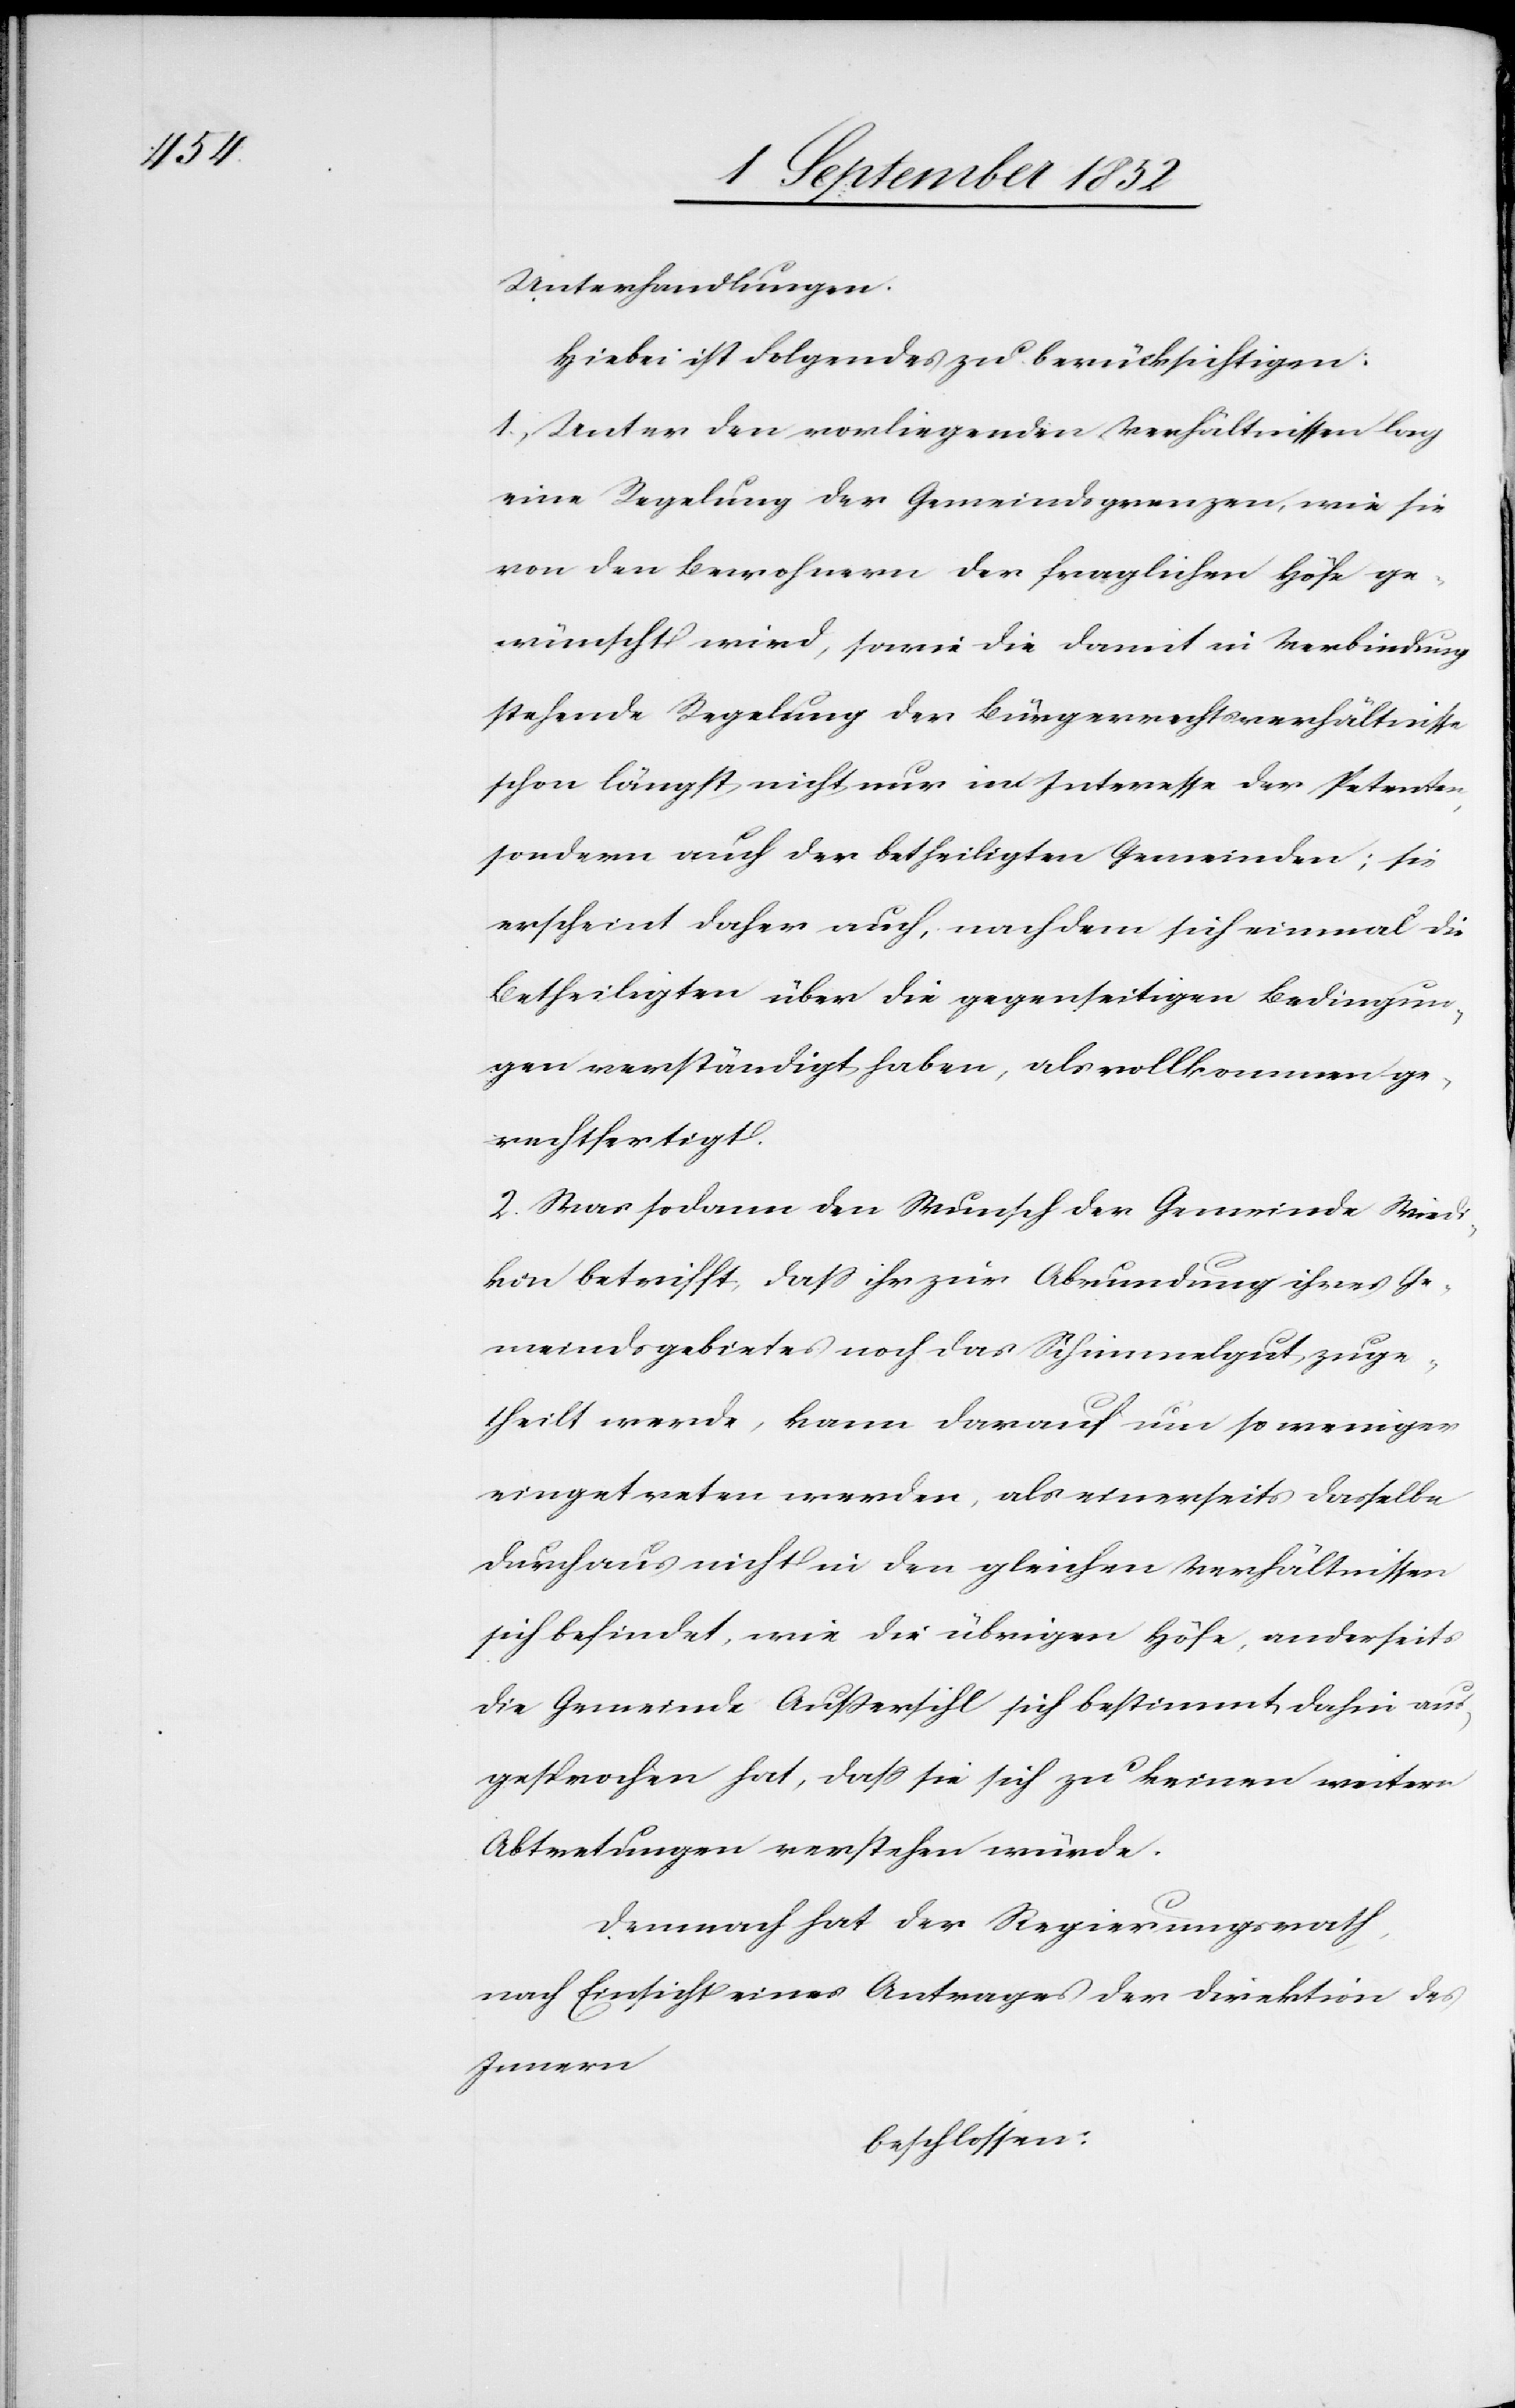
Unterhandlungen.
Hiebei ist Folgendes zu berücksichtigen:
1, Unter den vorliegenden Verhältnissen lag
eine Regelung der Gemeindsgrenzen, wie sie
von den Bewohnern der fraglichen Höfe ge¬
wünscht wird, sowie die damit in Verbindung
stehende Regelung der Bürgerrechtsverhältnisse
schon längst nicht nur im Interesse der Petenten,
sondern auch der betheiligten Gemeinden; sie
erscheint daher auch, nachdem sich einmal die
Betheiligten über die gegenseitigen Bedingun¬
gen verständigt haben, als vollkommen ge¬
rechtfertigt.
2. Was sodann den Wunsch der Gemeinde Wiedi¬
kon betrifft, dass ihr zur Abrundung ihres Ge¬
meindsgebietes noch das Schimmelgut zuge¬
theilt werde, kann darauf um so weniger
eingetreten werden, als einerseits dasselbe
durchaus nicht in den gleichen Verhältnissen
sich befindet, wie die übrigen Höfe, anderseits
die Gemeinde Außersihl sich bestimmt dahin aus¬
gesprochen hat, dass sie sich zu keinen weitern
Abtretungen verstehen würde.
Demnach hat der Regierungsrath,
nach Einsicht eines Antrages der Direktion des
Innern
beschlossen: